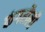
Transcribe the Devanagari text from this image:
कंगरौली